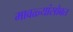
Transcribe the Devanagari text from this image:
मावळ्यांसोबत